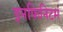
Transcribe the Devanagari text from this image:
इनफिनिटम